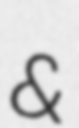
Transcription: &